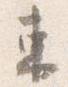
東